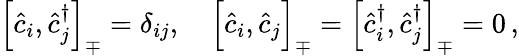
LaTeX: \begin{array}{r}{\Big[\hat{c}_{i},\hat{c}_{j}^{\dagger}\Big]_{\mp}=\delta_{ij},\quad\Big[\hat{c}_{i},\hat{c}_{j}\Big]_{\mp}=\Big[\hat{c}_{i}^{\dagger},\hat{c}_{j}^{\dagger}\Big]_{\mp}=0\, ,}\end{array}